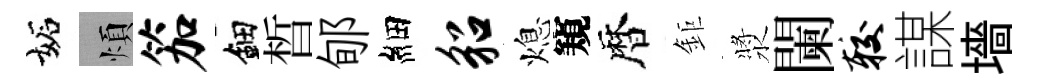
妬煩笳鈿晳郇細貂熄窺暦鉅漿闌较謀墻